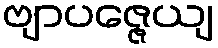
ဗျာပဇ္ဇေယျ